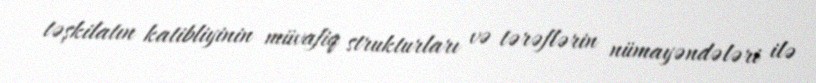
təşkilatın katibliyinin müvafiq strukturları və tərəflərin nümayəndələri ilə